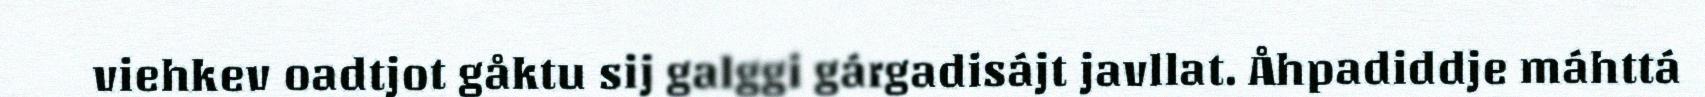
viehkev oadtjot gåktu sij galggi gárgadisájt javllat. Åhpadiddje máhttá